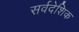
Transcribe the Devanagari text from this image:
सर्वदेशिक